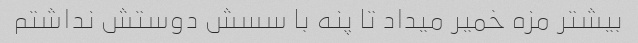
بیشتر مزه خمیر میداد تا پنه با سسش دوستش نداشتم